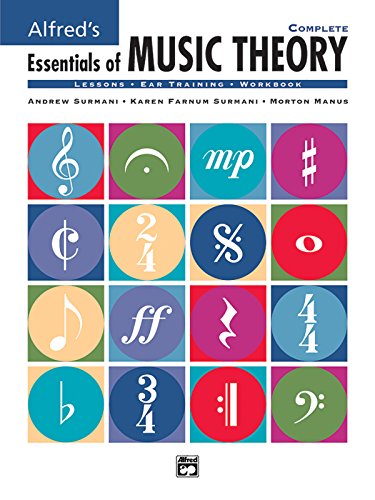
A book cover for Alfred's Essentials of Music Theory, Complete (Lessons * Ear Training * Workbook)-------------- (CD's Not Included); Andrew Surmani; Arts & Photography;